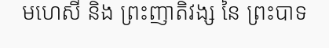
មហេសី និង ព្រះញាតិវង្ស នៃ ព្រះបាទ